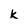
Character: k